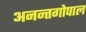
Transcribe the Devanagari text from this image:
अनन्तगोपाल